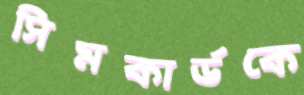
সিমকার্ডকে